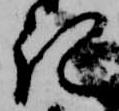
記